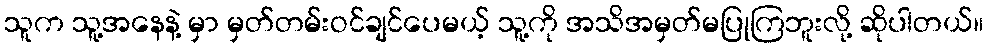
သူက သူ့အနေနဲ့ မှာ မှတ်တမ်းဝင်ချင်ပေမယ့် သူ့ကို အသိအမှတ်မပြုကြဘူးလို့ ဆိုပါတယ်။